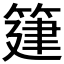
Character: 𥯦